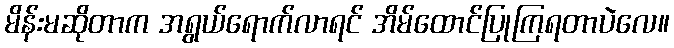
မိန်းမဆိုတာက အရွယ်ရောက်လာရင် အိမ်ထောင်ပြုကြရတာပဲလေ။